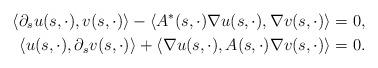
LaTeX: \begin{align*}\langle \partial_s u(s,\cdot), v(s,\cdot) \rangle-\langle A^*(s,\cdot)\nabla u(s,\cdot),\nabla v(s,\cdot) \rangle = 0,\\\langle u(s,\cdot),\partial_s v(s,\cdot) \rangle+\langle\nabla u(s,\cdot), A(s,\cdot)\nabla v(s,\cdot) \rangle = 0.\end{align*}